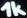
Text: 1k